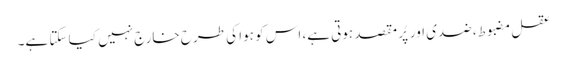
عقل مضبوط، ضدی اور پُر مقصد ہوتی ہے، اس کو ہوا کی طرح خارج نہیں کیا سکتا ہے۔